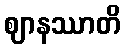
ဈာနဿာတိ